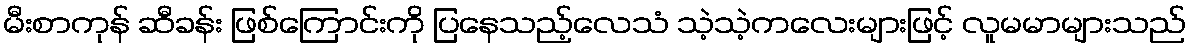
မီးစာကုန် ဆီခန်း ဖြစ်ကြောင်းကို ပြနေသည့်လေသံ သဲ့သဲ့ကလေးများဖြင့် လူမမာများသည်